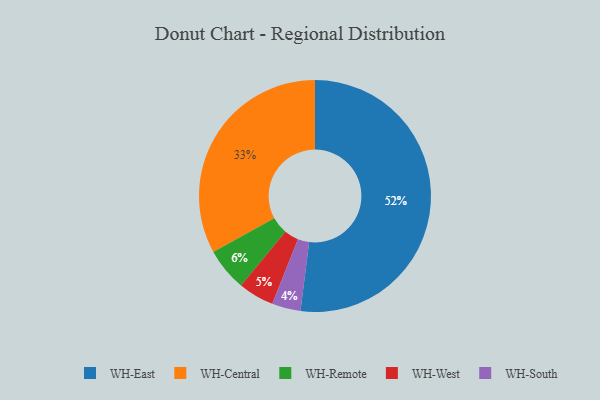
{"axis": {"x": "Category", "y": "Percentage"}, "legend": ["WH-Central", "WH-East", "WH-Remote", "WH-South", "WH-West"], "data": [{"x": "WH-East", "y": 52, "type": "WH-East"}, {"x": "WH-South", "y": 4, "type": "WH-South"}, {"x": "WH-West", "y": 5, "type": "WH-West"}, {"x": "WH-Remote", "y": 6, "type": "WH-Remote"}, {"x": "WH-Central", "y": 33, "type": "WH-Central"}]}